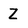
Character: Z